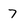
Character: 7